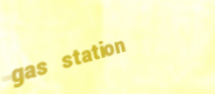
gas station